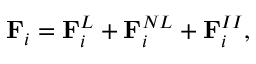
\mathbf { F } _ { i } = \mathbf { F } _ { i } ^ { L } + \mathbf { F } _ { i } ^ { N L } + \mathbf { F } _ { i } ^ { I I } ,